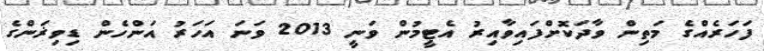
ފަހަރެއްގެ މަތިން ވާދަކޮށްފައިވާއިރު އެޓީމުން ވަނީ 2013 ވަނަ އަހަރު އަންހެން ޑިވިޜަންގެ